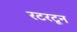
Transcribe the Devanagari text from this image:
रटरटून